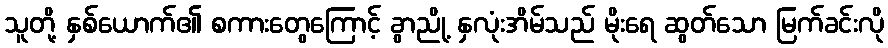
သူတို့ နှစ်ယောက်၏ စကားတွေကြောင့် ခွာညို့ နှလုံးအိမ်သည် မိုးရေ ဆွတ်သော မြက်ခင်းလို